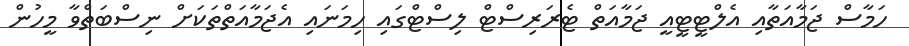
ހަމާސް ޖަމާއަތާއި އެލްޓީޓީއީ ޖަމާއަތް ޓެރަރިސްޓް ލިސްޓްގައި ހިމަނައި އެޖަމާއަތްތަކަށް ނިސްބަތްވާ މީހުން